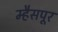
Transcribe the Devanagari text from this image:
म्हैसपूर